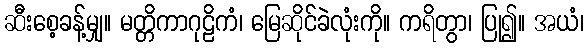
ဆီးစေ့ခန့်မျှ။ မတ္တိကာဂုဠိကံ၊ မြေဆိုင်ခဲလုံးကို။ ကရိတွာ၊ ပြု၍။ အယံ၊